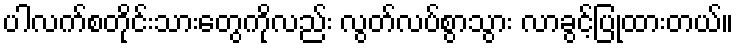
ပါလက်စတိုင်းသားတွေကိုလည်း လွတ်လပ်စွာသွား လာခွင့်ပြုထားတယ်။